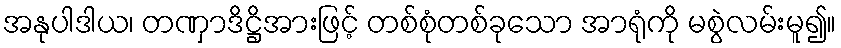
အနုပါဒါယ၊ တဏှာဒိဋ္ဌိအားဖြင့် တစ်စုံတစ်ခုသော အာရုံကို မစွဲလမ်းမူ၍။